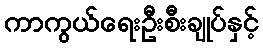
ကာကွယ်ရေးဦးစီးချုပ်နှင့်